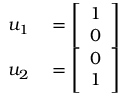
\begin{array} { r l } { u _ { 1 } } & { { } = { \left[ \begin{array} { l } { 1 } \\ { 0 } \end{array} \right] } } \\ { u _ { 2 } } & { { } = { \left[ \begin{array} { l } { 0 } \\ { 1 } \end{array} \right] } } \end{array}